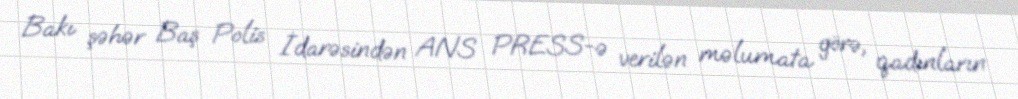
Bakı şəhər Baş Polis İdarəsindən ANS PRESS-ə verilən məlumata görə, qadınların